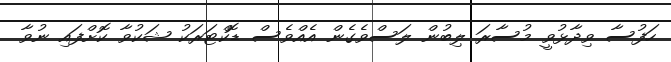
ހަފުސާ ވިދާޅުވީ މުސާރަ ލިބުން ލަސްވެގެން އެއްވެސް ޑޮކްޓަރަކު ޝަކުވާ ކޮށްފައި ނުވާ